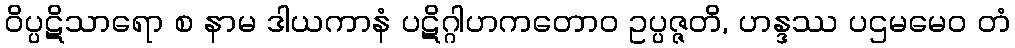
ဝိပ္ပဋိသာရော စ နာမ ဒါယကာနံ ပဋိဂ္ဂါဟကတောဝ ဥပ္ပဇ္ဇတိ, ဟန္ဒဿ ပဌမမေဝ တံ